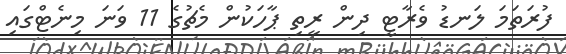
ފުރަތަމަ ލަނޑު ވެރާޓީ ދިން ރީތި ޕާހަކުން މެޗުގެ 11 ވަނަ މިނެޓްގައި